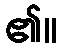
၏။